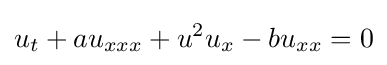
u_{t}+au_{xxx}+u^{2}u_{x}-bu_{xx}=0